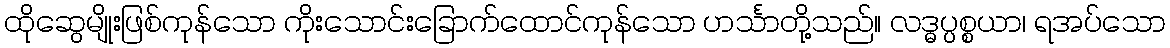
ထိုဆွေမျိုးဖြစ်ကုန်သော ကိုးသောင်းခြောက်ထောင်ကုန်သော ဟင်္သာတို့သည်။ လဒ္ဓပ္ပစ္စယာ၊ ရအပ်သော